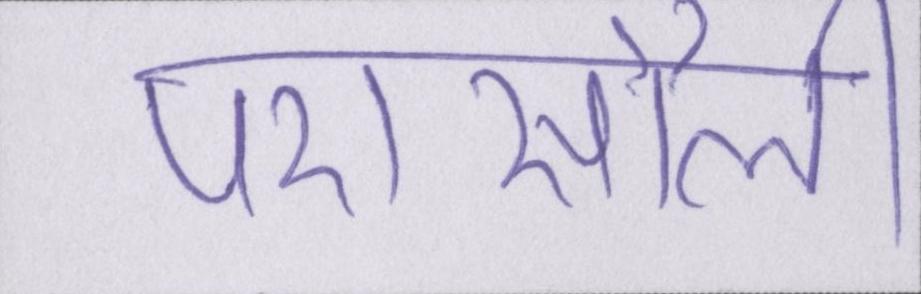
परासौली